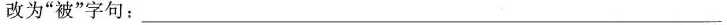
改为”被”字句：___